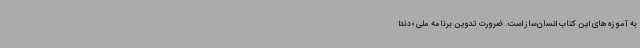
به آموزه‌های این کتاب انسان‌ساز است. ضرورت تدوین برنامه ملی «دندا